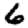
Digit: 6